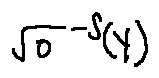
\sqrt { o } ^ { - s } ( Y )